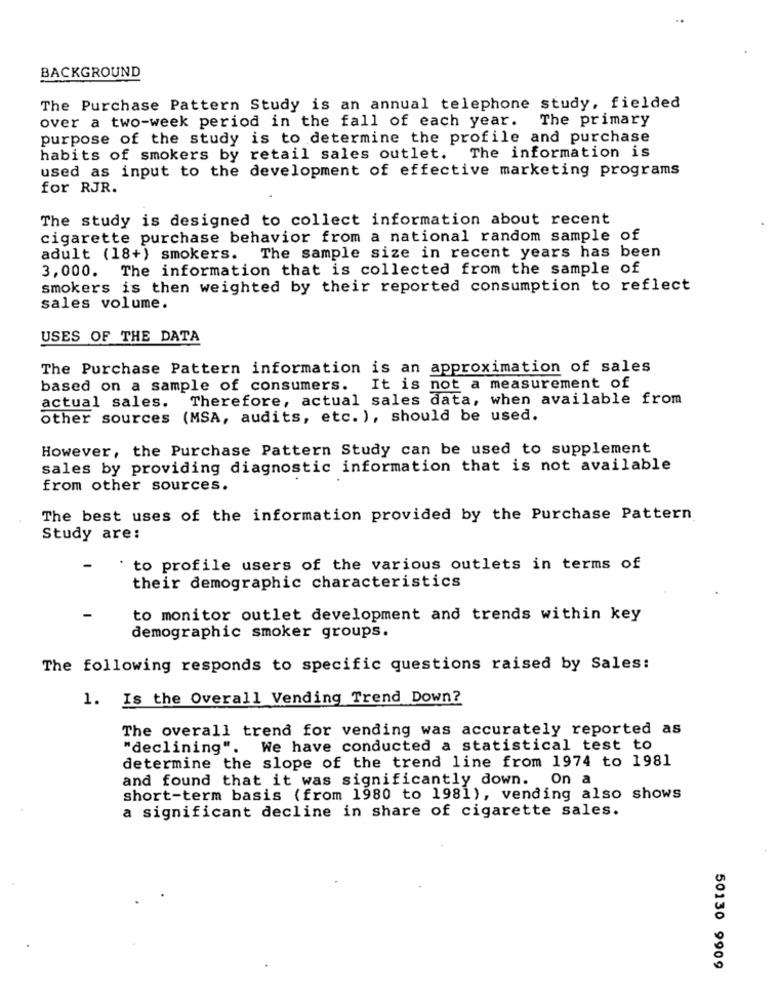
BACKGROUND
The Purchase Pattern Study is an annual telephone study, fielded
over a two-week period in the fall of each year. The primary
purpose of the study is to determine the profile and purchase
habits of smokers by retail sales outlet. The information is
used as input to the development of effective marketing programs
for RJR.
The study is designed to collect information about recent
cigarette purchase behavior from a national random sample of
adult (18+) smokers. The sample size in recent years has been
The information that is collected from the sample of
3,000.
smokers is then weighted by their reported consumption to reflect
sales volume.
USES OF THE DATA
The Purchase Pattern information is an approximation of sales
based on a sample of consumers. It is not a measurement of
Therefore, actual sales data, when available from
actual sales.
other sources (MSA, audits, etc. ), should be used.
However, the Purchase Pattern Study can be used to supplement
sales by providing diagnostic information that is not available
from other sources.
The best uses of the information provided by the Purchase Pattern
Study are:
to profile users of the various outlets in terms of
their demographic characteristics
to monitor outlet development and trends within key
demographic smoker groups.
The following responds to specific questions raised by Sales:
1. Is the Overall Vending Trend Down?
The overall trend for vending was accurately reported as
"declining". We have conducted a statistical test to
determine the slope of the trend line from 1974 to 1981
and found that it was significantly down. On a
short-term basis (from 1980 to 1981), vending also shows
a significant decline in share of cigarette sales.
50130 9909